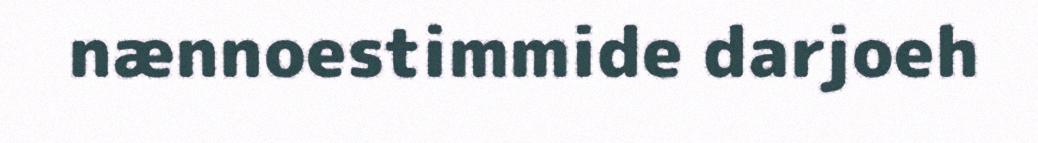
nænnoestimmide darjoeh